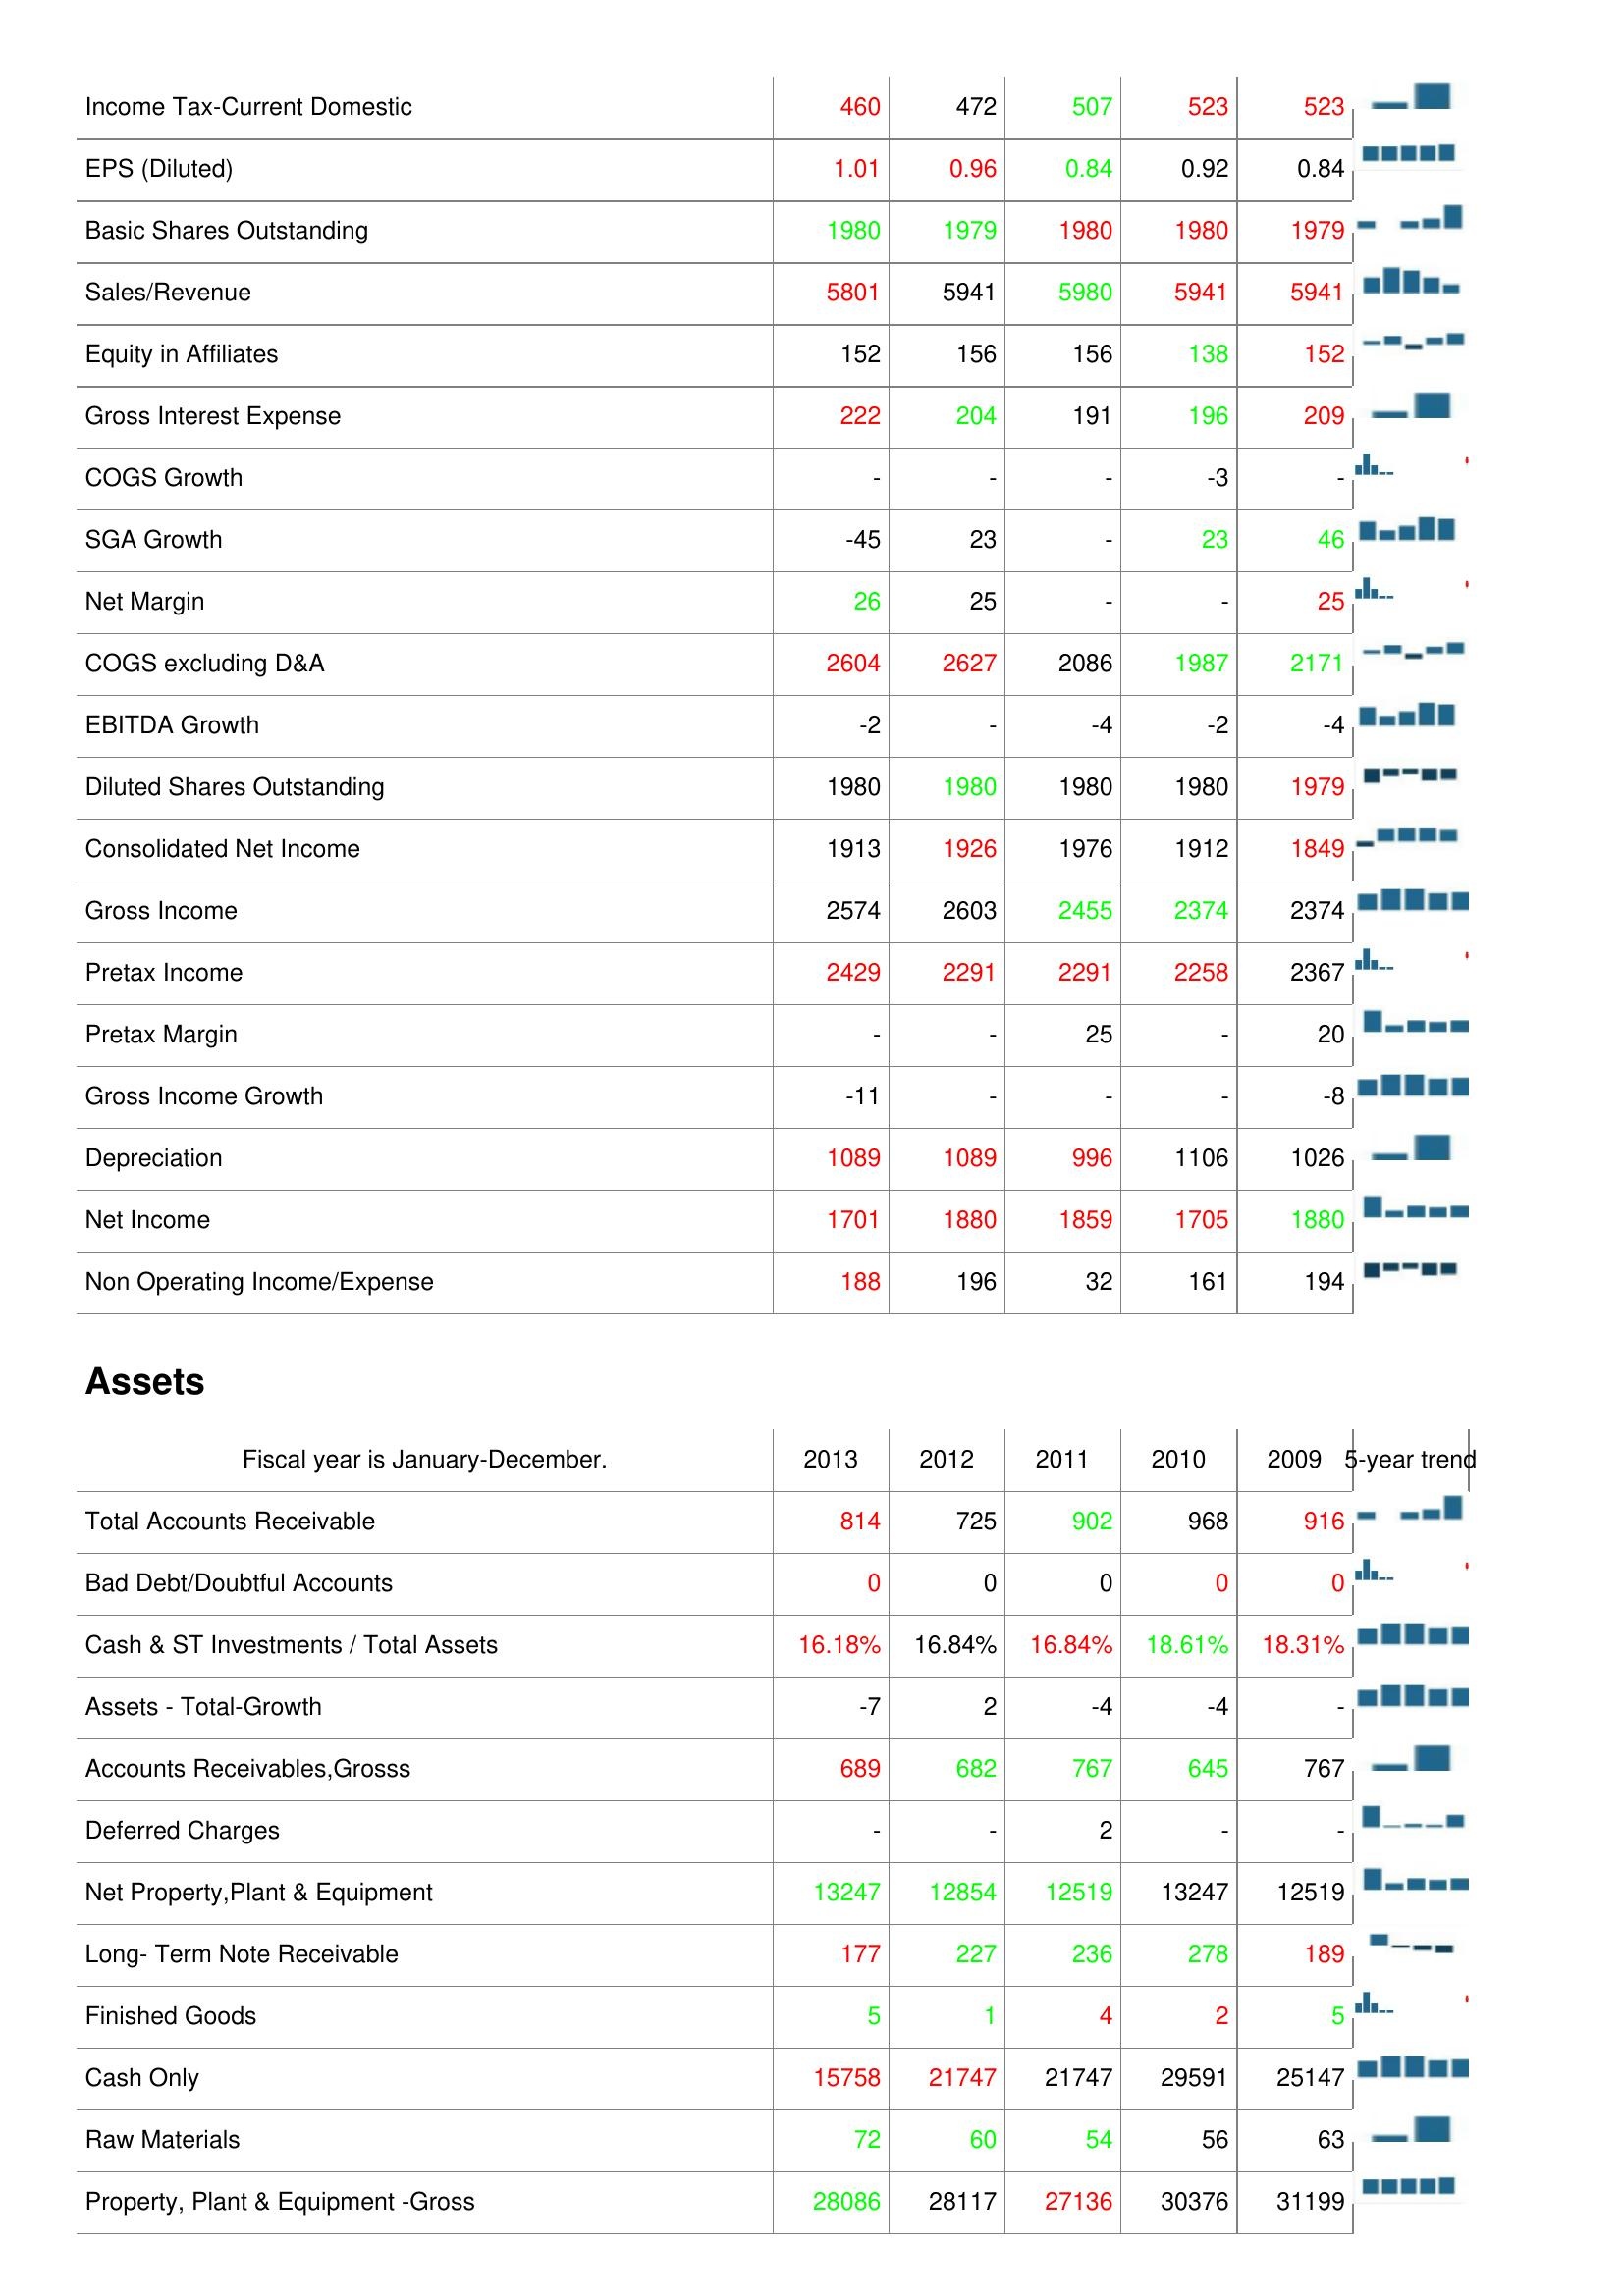
2013: : Income Tax-Current Domestic: 460
EPS (Diluted): 1.01
Basic Shares Outstanding: 1980
Sales/Revenue: 5801
Equity in Affiliates: 152
Gross Interest Expense: 222
COGS Growth: -
SGA Growth: -45
Net Margin: 26
COGS excluding D&A: 2604
EBITDA Growth: -2
Diluted Shares Outstanding: 1980
Consolidated Net Income: 1913
Gross Income: 2574
Pretax Income: 2429
Pretax Margin: -
Gross Income Growth: -11
Depreciation: 1089
Net Income: 1701
Non Operating Income/Expense: 188
Assets: Total Accounts Receivable: 814
Bad Debt/Doubtful Accounts: 0
Cash & ST Investments / Total Assets: 16.18%
Assets - Total-Growth: -7
Accounts Receivables,Grosss: 689
Deferred Charges: -
Net Property,Plant & Equipment: 13247
Long- Term Note Receivable: 177
Finished Goods: 5
Cash Only: 15758
Raw Materials: 72
Property, Plant & Equipment -Gross: 28086
2012: : Income Tax-Current Domestic: 472
EPS (Diluted): 0.96
Basic Shares Outstanding: 1979
Sales/Revenue: 5941
Equity in Affiliates: 156
Gross Interest Expense: 204
COGS Growth: -
SGA Growth: 23
Net Margin: 25
COGS excluding D&A: 2627
EBITDA Growth: -
Diluted Shares Outstanding: 1980
Consolidated Net Income: 1926
Gross Income: 2603
Pretax Income: 2291
Pretax Margin: -
Gross Income Growth: -
Depreciation: 1089
Net Income: 1880
Non Operating Income/Expense: 196
Assets: Total Accounts Receivable: 725
Bad Debt/Doubtful Accounts: 0
Cash & ST Investments / Total Assets: 16.84%
Assets - Total-Growth: 2
Accounts Receivables,Grosss: 682
Deferred Charges: -
Net Property,Plant & Equipment: 12854
Long- Term Note Receivable: 227
Finished Goods: 1
Cash Only: 21747
Raw Materials: 60
Property, Plant & Equipment -Gross: 28117
2011: : Income Tax-Current Domestic: 507
EPS (Diluted): 0.84
Basic Shares Outstanding: 1980
Sales/Revenue: 5980
Equity in Affiliates: 156
Gross Interest Expense: 191
COGS Growth: -
SGA Growth: -
Net Margin: -
COGS excluding D&A: 2086
EBITDA Growth: -4
Diluted Shares Outstanding: 1980
Consolidated Net Income: 1976
Gross Income: 2455
Pretax Income: 2291
Pretax Margin: 25
Gross Income Growth: -
Depreciation: 996
Net Income: 1859
Non Operating Income/Expense: 32
Assets: Total Accounts Receivable: 902
Bad Debt/Doubtful Accounts: 0
Cash & ST Investments / Total Assets: 16.84%
Assets - Total-Growth: -4
Accounts Receivables,Grosss: 767
Deferred Charges: 2
Net Property,Plant & Equipment: 12519
Long- Term Note Receivable: 236
Finished Goods: 4
Cash Only: 21747
Raw Materials: 54
Property, Plant & Equipment -Gross: 27136
2010: : Income Tax-Current Domestic: 523
EPS (Diluted): 0.92
Basic Shares Outstanding: 1980
Sales/Revenue: 5941
Equity in Affiliates: 138
Gross Interest Expense: 196
COGS Growth: -3
SGA Growth: 23
Net Margin: -
COGS excluding D&A: 1987
EBITDA Growth: -2
Diluted Shares Outstanding: 1980
Consolidated Net Income: 1912
Gross Income: 2374
Pretax Income: 2258
Pretax Margin: -
Gross Income Growth: -
Depreciation: 1106
Net Income: 1705
Non Operating Income/Expense: 161
Assets: Total Accounts Receivable: 968
Bad Debt/Doubtful Accounts: 0
Cash & ST Investments / Total Assets: 18.61%
Assets - Total-Growth: -4
Accounts Receivables,Grosss: 645
Deferred Charges: -
Net Property,Plant & Equipment: 13247
Long- Term Note Receivable: 278
Finished Goods: 2
Cash Only: 29591
Raw Materials: 56
Property, Plant & Equipment -Gross: 30376
2009: : Income Tax-Current Domestic: 523
EPS (Diluted): 0.84
Basic Shares Outstanding: 1979
Sales/Revenue: 5941
Equity in Affiliates: 152
Gross Interest Expense: 209
COGS Growth: -
SGA Growth: 46
Net Margin: 25
COGS excluding D&A: 2171
EBITDA Growth: -4
Diluted Shares Outstanding: 1979
Consolidated Net Income: 1849
Gross Income: 2374
Pretax Income: 2367
Pretax Margin: 20
Gross Income Growth: -8
Depreciation: 1026
Net Income: 1880
Non Operating Income/Expense: 194
Assets: Total Accounts Receivable: 916
Bad Debt/Doubtful Accounts: 0
Cash & ST Investments / Total Assets: 18.31%
Assets - Total-Growth: -
Accounts Receivables,Grosss: 767
Deferred Charges: -
Net Property,Plant & Equipment: 12519
Long- Term Note Receivable: 189
Finished Goods: 5
Cash Only: 25147
Raw Materials: 63
Property, Plant & Equipment -Gross: 31199